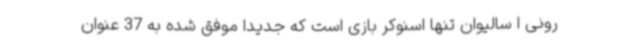
رونی ا سالیوان تنها اسنوکر بازی است که جدیدا موفق شده به 37 عنوان